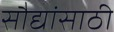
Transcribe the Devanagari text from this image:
सौद्यांसाठी